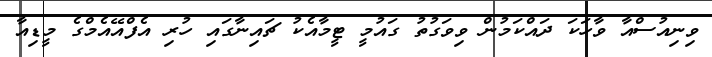
ވިނިއުސްއާ ވާހަކަ ދައްކަމުން ވިވަގުތު ގައުމީ ޓީމާއެކު ޗައިނާގައި ހުރި އެފްއޭއެމްގެ މީޑިއާ